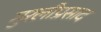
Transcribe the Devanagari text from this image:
मुरलीप्रसाद